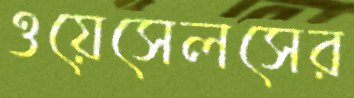
ওয়েসেলসের